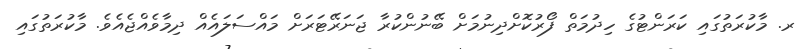
ރ. މާކުރަތުގައި ކަރަންޓުގެ ހިދުމަތް ފޯރުކޮށްދިނުމަށް ބޭނުންކުރާ ޖަނަރޭޓަރަށް މައްސަލައެއް ދިމާވެއްޖެއެވެ. މާކުރަތުގައި